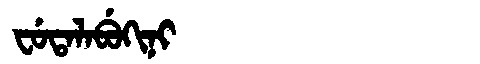
Manchu: ᠸᡠᡨᠠᠯᠠᠪᡠᡴᡳᠨᡳ
Romanization: FUTALABUKINI